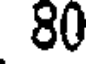
80